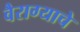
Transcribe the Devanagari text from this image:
वैराग्याचे